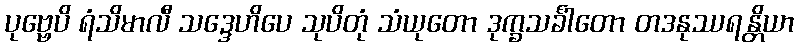
ပုဗ္ဗေပိ ရံသိမာလီ သဒ္ဒေဟိပေ သုပိတုံ သံယုတော ဒုက္ခသင်္ခါတော တဒနုဿရန္တိယာ